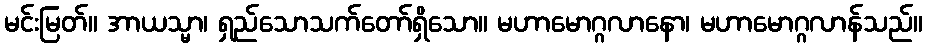
မင်းမြတ်။ အာယသ္မာ၊ ရှည်သောသက်တော်ရှိသော။ မဟာမောဂ္ဂလာနော၊ မဟာမောဂ္ဂလာန်သည်။